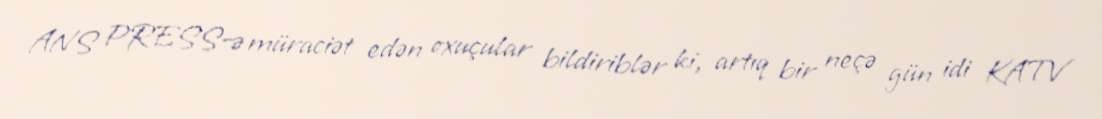
ANS PRESS-ə müraciət edən oxuçular bildiriblər ki, artıq bir neçə gün idi KATV